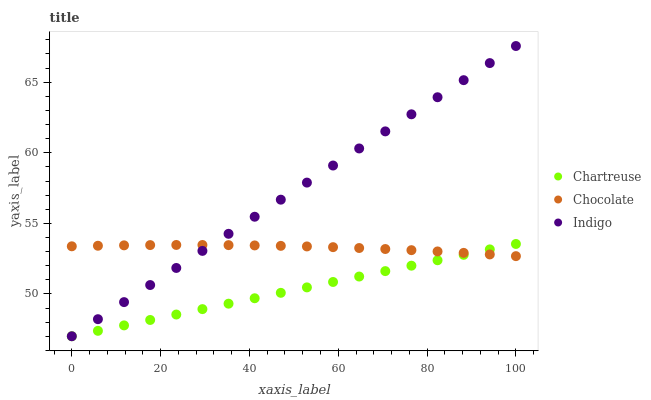
| xaxis_label | Chartreuse | Chocolate | Indigo |
 | --- | --- | --- | --- |
 | 0 | 47 | 53.4 | 47 |
 | 5.88 | 47.4 | 53.4 | 48.2 |
 | 11.8 | 47.8 | 53.4 | 49.4 |
 | 17.6 | 48.2 | 53.5 | 50.6 |
 | 23.5 | 48.5 | 53.5 | 51.8 |
 | 29.4 | 48.9 | 53.5 | 53 |
 | 35.3 | 49.3 | 53.5 | 54.3 |
 | 41.2 | 49.7 | 53.4 | 55.5 |
 | 47.1 | 50.1 | 53.4 | 56.7 |
 | 52.9 | 50.5 | 53.4 | 57.9 |
 | 58.8 | 50.8 | 53.3 | 59.1 |
 | 64.7 | 51.2 | 53.3 | 60.3 |
 | 70.6 | 51.6 | 53.2 | 61.5 |
 | 76.5 | 52 | 53.1 | 62.7 |
 | 82.4 | 52.4 | 53 | 63.9 |
 | 88.2 | 52.8 | 52.9 | 65.1 |
 | 94.1 | 53.2 | 52.8 | 66.4 |
 | 100 | 53.5 | 52.7 | 67.6 |